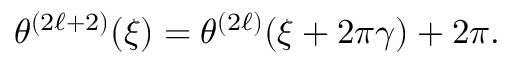
\theta ^ { ( 2 \ell + 2 ) } ( \xi ) = \theta ^ { ( 2 \ell ) } ( \xi + 2 \pi \gamma ) + 2 \pi .